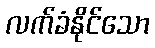
လက်ခံနိုင်သော